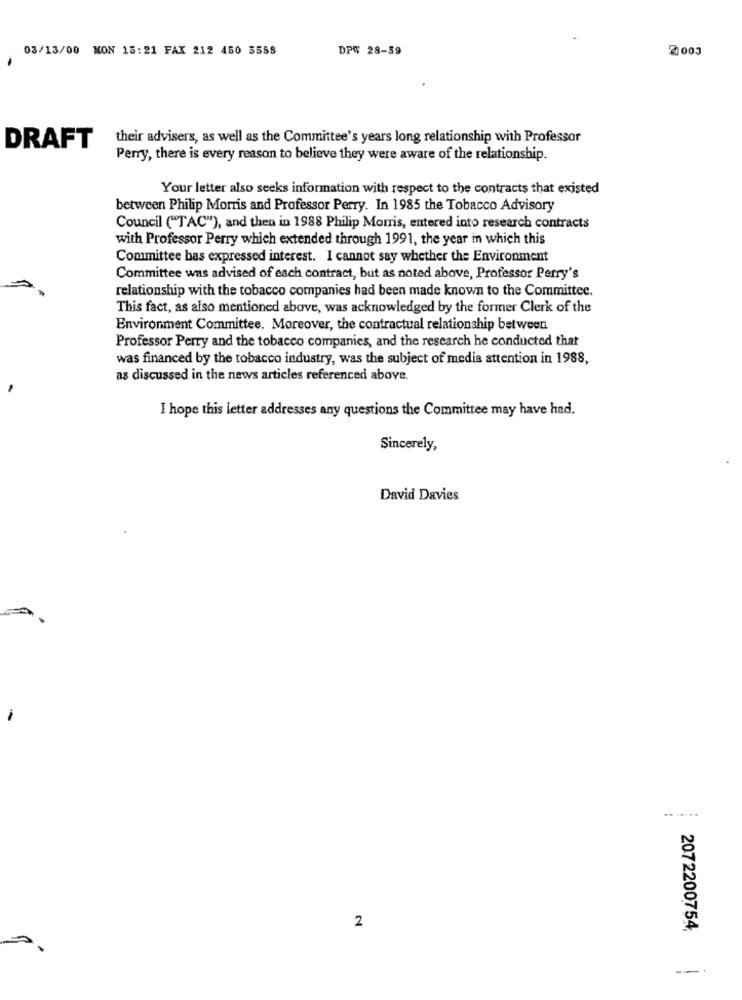
03/13/00 MON 15:21 FAX 212 450 5588
DP$ 28-39
2003
DRAFT
their advisers, as well as the Committee's years long relationship with Professor
Perry, there is every reason to believe they were aware of the relationship.
Your letter also seeks information with respect to the contracts that existed
between Philip Morris and Professor Perry. In 1985 the Tobacco Advisory
Council ("TAC"), and then in 1988 Philip Morris, entered into research contracts
with Professor Perry which extended through 1991, the year in which this
Committee has expressed interest. I cannot say whether the Environment
Committee was advised of each contract, but as noted above, Professor Perry's
relationship with the tobacco companies had been made known to the Committee.
This fact, as also mentioned above, was acknowledged by the former Clerk of the
Environment Committee. Moreover, the contractual relationship between
Professor Perry and the tobacco companies, and the research he conducted that
was financed by the tobacco industry, was the subject of media attention in 1988,
as discussed in the news articles referenced above.
I hope this letter addresses any questions the Committee may have had.
Sincerely,
David Davies
.. .....
2
2072200754,